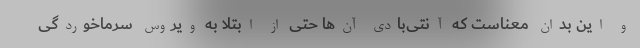
و این بدان معناست که آنتی‌بادی آن‌ها حتی از ابتلا به ویروس سرماخوردگی